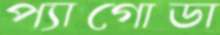
প্যাগোডা